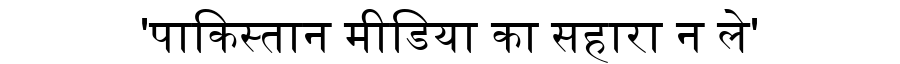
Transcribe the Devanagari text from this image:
'पाकिस्तान मीडिया का सहारा न ले'